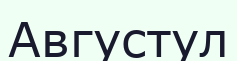
Августул